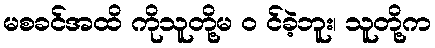
မစခင်အထိ ကိုသူတို့မ ၀ င်ခဲ့ဘူး၊ သူတို့က